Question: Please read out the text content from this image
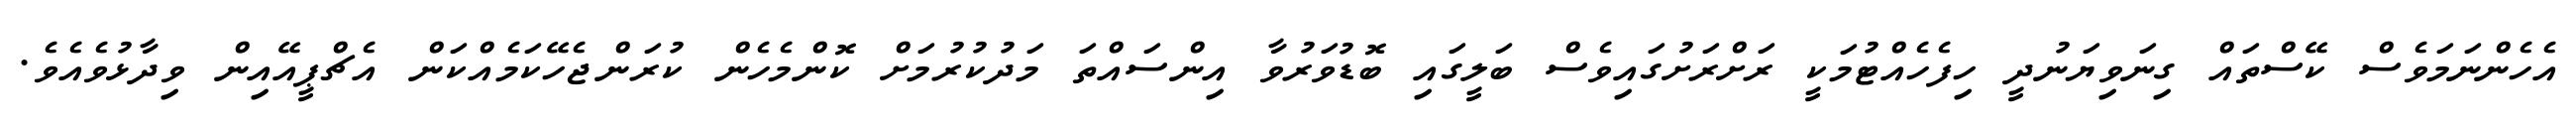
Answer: އެހެންނަމަވެސް ކޭސްތައް ގިނަވިޔަނުދީ ހިފެހެއްޓުމަކީ ރަށްރަށުގައިވެސް ބަލީގައި ބޮޑުވަރުވާ އިންސައްތަ މަދުކުރުމަށް ކޮންމެހެން ކުރަންޖެހޭކަމެއްކަން އެޗްޕީއޭއިން ވިދާޅުވެއެވެ.